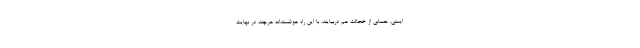
ایمنی، حسابی از خجالت هم دربیایند. با این راه هوشمندانه هرچند در نهایت